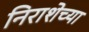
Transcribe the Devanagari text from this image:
निराशेच्या